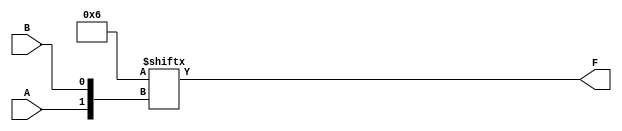
module xor_Mux(
	input wire A, 
	input wire B,
	output wire F
);

wire[3:0]mux_inputs;
assign mux_inputs = 4'b0110;

wire [1:0] signals;
assign signals = {A, B};

assign F = mux_inputs[signals];

endmodule